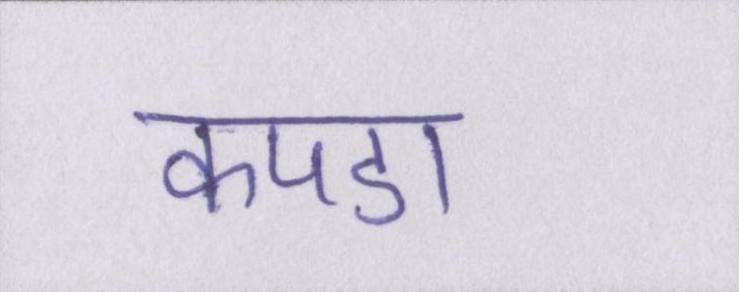
कपडा